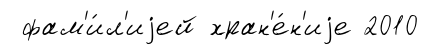
фам'и́л'иjей хран'е́н'иjе 2010